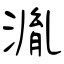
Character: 湚